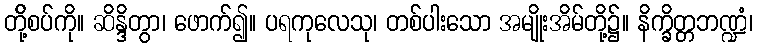
တို့်စပ်ကို။ ဆိန္ဒိတွာ၊ ဖောက်၍။ ပရကုလေသု၊ တစ်ပါးသော အမျိုးအိမ်တို့၌။ နိက္ခိတ္တဘဏ္ဍံ၊